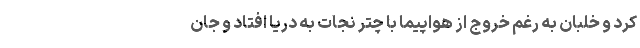
کرد و خلبان به رغم خروج از هواپیما با چتر نجات به دریا افتاد و جان